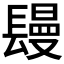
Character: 𨲩